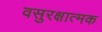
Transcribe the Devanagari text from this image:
वसुरक्षात्मक